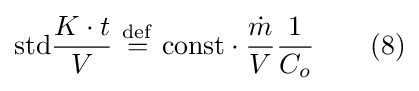
{\mbox{std}}{\frac {K\cdot t}{V}}\ {\stackrel {\mathrm {def} }{=}}{\mbox{ const}}\cdot {\frac {\dot {m}}{V}}{\frac {1}{C_{o}}}\qquad (8)